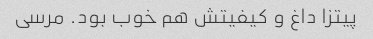
پیتزا داغ و کیفیتش هم خوب بود. مرسی